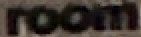
room